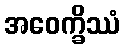
အဝေက္ခိဿံ